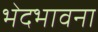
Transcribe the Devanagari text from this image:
भेदभावना